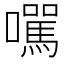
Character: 𡄃